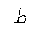
Letter: _da